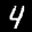
Label: 4